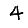
Digit: 4